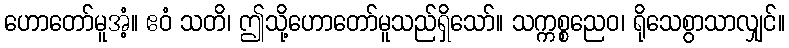
ဟောတော်မူအံ့။ ဧဝံ သတိ၊ ဤသို့ဟောတော်မူသည်ရှိသော်။ သက္ကစ္စညေဝ၊ ရိုသေစွာသာလျှင်။